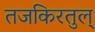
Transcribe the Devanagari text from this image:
तजकिरतुल्